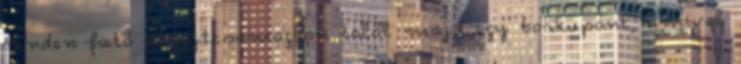
Minden futó a rajtcsomagban talál majd egy borkupont, amivel